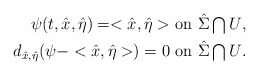
\begin{align*}\mbox{$\psi(t,\hat x,\hat \eta)=<\hat x,\hat \eta>$ on $\hat\Sigma\bigcap U$},\\\mbox{$d_{\hat x,\hat\eta}(\psi-<\hat x,\hat\eta>)=0$ on $\hat\Sigma\bigcap U$}.\end{align*}